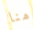
هنا